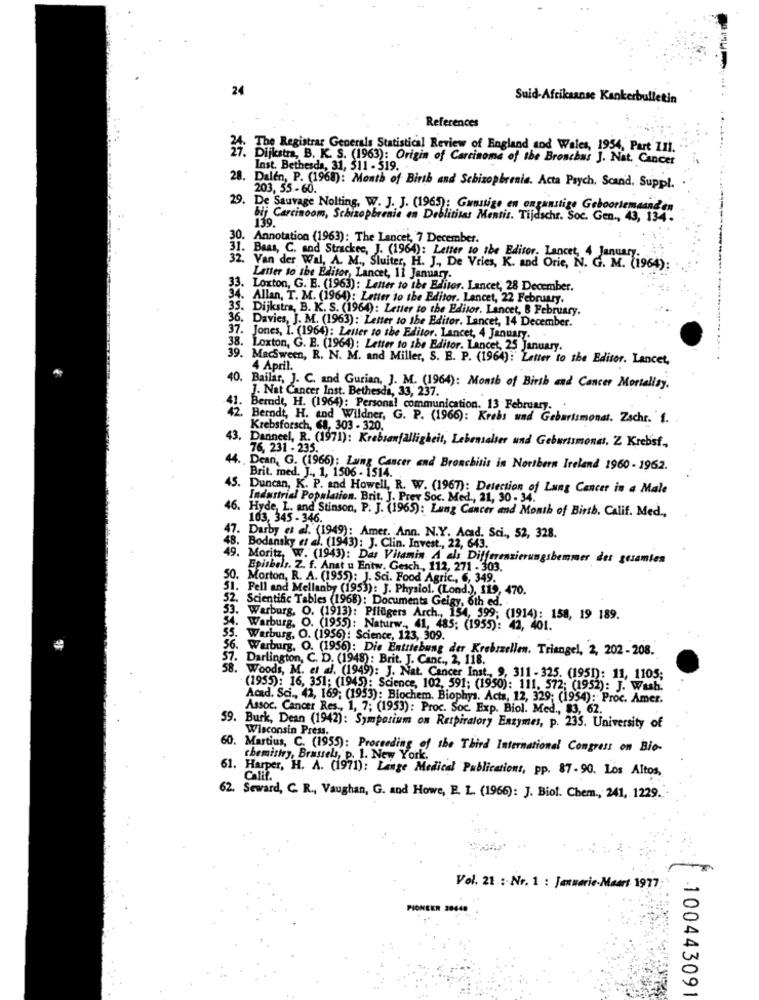
24
Suid-Afrikaanse Kankerbulletin
References
The Registrar Generals Statistical Review of England and Wales, 1954, Part II1.
Dijkstra, B. K. S. (1963): Origin of Carcinoma of the Broschas J. Nat. Cancer
Inst. Bethesda, 31, 511 - 519.
28. Dalen, P. (1968): Month of Birth and Schizophrenie. Acta Psych. Scand. Suppl.
203, 55-60.
29. De Sauvage Nolting. W. J. J. (196); Gunstige en ongunstige Geboortemaanden
bij Carcinoom, Schizophrenie an Deblititas Mentis. Tijdschr. Soc. Gen ., 43, 134.
139.
30. Annotation (1963): The Lancet, 7 December.
31. Bass, C. and Strackec, J. (1964): Letter to the Editor. Lancet, 4 January.
32. Van der Wal, A. M ., Sluiter, H. J ., De Vries, K. and Orie, N. G. M. (1964).
Latter to the Editor, Lancet, 11 January-
33. Loxton, G. E. (1963): Letter to the Editor. Lancet, 28 December.
34. Allan, T. M. (1964): Letter to the Editor. Lancet, 22 February.
35. Dijkstra, B. K. S. (1964): Letter to the Editor. Lancet, 8 February.
36. Davies, J. M. (1963): Letter to the Editor. Lancet, 14 December.
37.
Jones, I. (1964): Letter to the Editor. Lancet, 4 January.
38. Loxton, G. E. (1964): Letter to the Editor. Lancet, 25 January.
39. MacSween, R. N. M. and Miller, S. E. P. (1964): Letter to the Editor. Lancet,
4 April.
40. Bailar, J. C. and Gurian, J. M. (1964): Month of Birth and Cancer Mortalisy.
J. Nat Cancer Inst. Bethesda, 33, 237.
Berndt, H. (1964): Personal communication. 13 February.
Berndt, H. and Wildner, G. P. (1966): Krebs und Geburtsmonat. Zschr. 1.
Krebsforsch, 68, 303 - 320.
43.
Danneel, R. (1971): Krebsanfälligheit, Lebensalter und Geburtsmones, Z Krebsf .,
76, 231 - 235.
. .
44. Dean, G. (1966): Lung Cancer and Bronchitis in Northern Ireland 1960 - 1962.
Brit. med. J ., 1, 1506 - 1514. .
45. Duncan, K. P. and Howell, R. W. (1967): Detection of Lung Cancer in a Male
Industrial Population. Brit. J. Prev Soc. Med ., 21, 30 - 34.
46. Hyde, L. and Stinson, P. J. (1965): Lung Cancer and Month of Birth. Calif. Med .,
103, 345 - 346.
47. Darby et al. (1949): Amer. Ann. N.Y. Acad. Sci ., 52, 328.
48. Bodansky et al. (1943): J. Clin. Invest ., 22, 643.
49. Moritz, W. (1943): Das Vitamin A als Differenzie
ugsbemmer des gesamten
Episbels. Z. f. Anst u Entw. Gesch, 112, 271 - 303.
50.
Morton, R. A. (1955): J. Sci. Food Agric ., 6, 349.
51. Pell and Mellanby (1953): J. Physiol. (Lond.), 119, 470.
52. Scientific Tables (1968): Documenta Geigy, 6th ed.
Warburg, O. (1913): Pflügers Arch ., 154, 599; (1914): 158, 19 189.
54. Warburg. O. (1955): Naturw ., 41, 485; (1955): 42, 401.
55. Warburg, O. (1956): Science, 123, 309.
56. Warburg. O. (1956): Die Entstehung der Krebszellen. Triangel, 2, 202-208.
Darlington, C. D. (1948): Brit. J. Canc ., 2, 118.
Woods, M. et al. (1949): J. Nat. Cancer Inst ., 9, 311 -325. (1951): 11, 1105;
(1955): 16, 351; (1945): Science, 102, 591; (1950): 111. 572; (1952): J. Wash.
Aced. Sci ., 42, 169; (1953): Biochem. Biophys. Acta, 12, 329; (1954): Proc. Amer.
Assoc. Cancer Res ., 1, 7; (1953): Proc. Soc. Exp. Biol. Med ., $3, 62.
59. Burk, Dean (1942): Symposium on Respiratory Enzymes, p. 235. University of
Wisconsin Press.
60. Martius, C. (1955): Proceedings of the Third International Congress on Bio-
chemistry, Brussels, p. 1. New York.
61. Harper, H. A. (1971): Lange Medical Publications, pp. 87-90. Los Altos,
Calif.
62. Seward, C. R ., Vaughan, G. and Howe, E. L. (1966): J. Biol. Chem ., 241, 1229.
Vol. 21 : Nr. 1 : Januarie-Maart 1977;
100443091